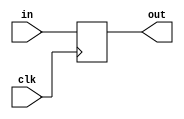
module program_counter(out,in,clk);

input clk;
input [31:0] in;
output reg [31:0] out;

initial begin
out <= 32'h00000000;
end

always @(posedge clk)
begin
	out <= in;
end

endmodule